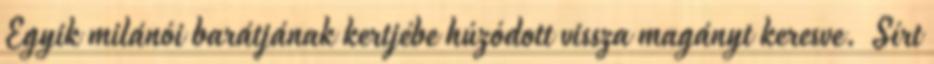
Egyik milánói barátjának kertjébe húzódott vissza magányt keresve. Sírt